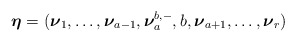
\begin{align*}\boldsymbol{\eta}=(\boldsymbol{\nu}_{1}, \ldots , \boldsymbol{\nu}_{a-1}, \boldsymbol{\nu}_{a}^{b, -}, b, \boldsymbol{\nu}_{a+1}, \ldots , \boldsymbol{\nu}_{r}) \end{align*}